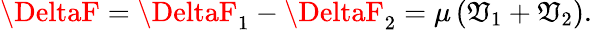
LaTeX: \DeltaF=\DeltaF_{1}-\DeltaF_{2}=\mu\left(\mathfrak{V}_{1}+\mathfrak{V}_{2}\right).